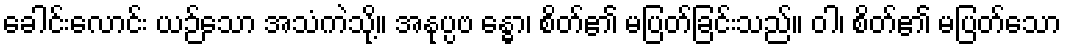
ခေါင်းလောင်း ယဉ်သော အသံကဲသို့။ အနုပ္ပဗ န္ဓော၊ စိတ်၏ မပြတ်ခြင်းသည်။ ဝါ၊ စိတ်၏ မပြတ်သော